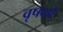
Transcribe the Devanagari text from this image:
वृषभों